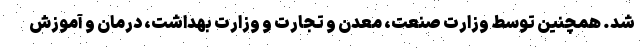
شد. همچنین توسط وزارت صنعت، معدن و تجارت و وزارت بهداشت، درمان و آموزش